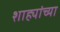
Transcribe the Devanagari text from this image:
शाह्यांच्या